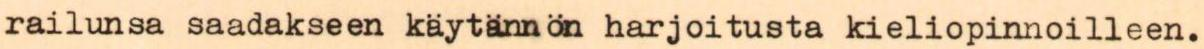
railunsa saadakseen käytännön harjoitusta kieliopinnoilleen.